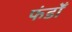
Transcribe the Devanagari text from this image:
फंडोँ